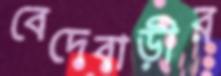
বেদেবাড়ীর